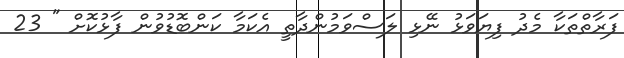
ފަރާތްތަކާ މެދު ފިޔަވަޅު ނޭޅި ލަސްވަމުންދާތީ އެކަމާ ކަންބޮޑުވުން ފާޅުކޮށް " 23